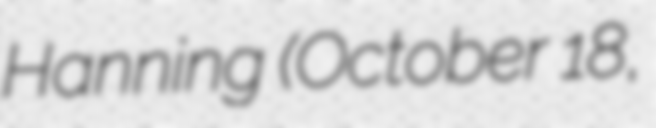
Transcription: Hanning (October 18,